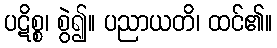
ပဋိစ္စ၊ စွဲ၍။ ပညာယတိ၊ ထင်၏။